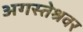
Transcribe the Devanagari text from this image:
अगस्‍तेश्रवर